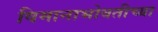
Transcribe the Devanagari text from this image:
विमानाभोवतीच्या